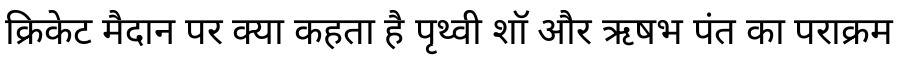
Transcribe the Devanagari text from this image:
क्रिकेट मैदान पर क्या कहता है पृथ्वी शॉ और ऋषभ पंत का पराक्रम